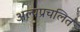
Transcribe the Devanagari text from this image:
अल्पप्रचलित